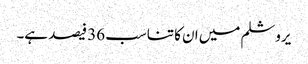
یروشلم میں ان کا تناسب 36 فیصد ہے۔